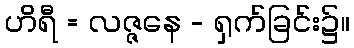
ဟိရီ = လဇ္ဇနေ - ရှက်ခြင်း၌။